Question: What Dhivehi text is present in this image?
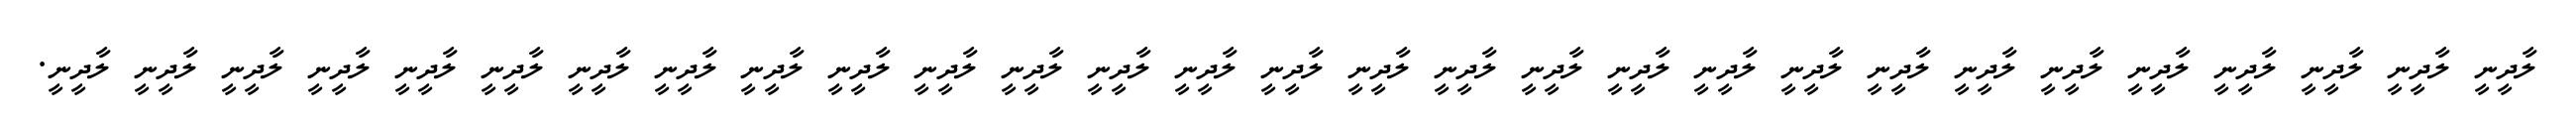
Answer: ލާދީނީ ލާދީނީ ލާދީނީ ލާދީނީ ލާދީނީ ލާދީނީ ލާދީނީ ލާދީނީ ލާދީނީ ލާދީނީ ލާދީނީ ލާދީނީ ލާދީނީ ލާދީނީ ލާދީނީ ލާދީނީ ލާދީނީ ލާދީނީ ލާދީނީ ލާދީނީ ލާދީނީ ލާދީނީ ލާދީނީ ލާދީނީ ލާދީނީ ލާދީނީ ލާދީނީ ލާދީނީ ލާދީނީ.